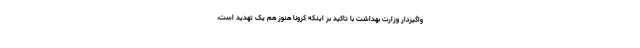
واگیردار وزارت بهداشت با تاکید بر اینکه کرونا هنوز هم یک تهدید است،